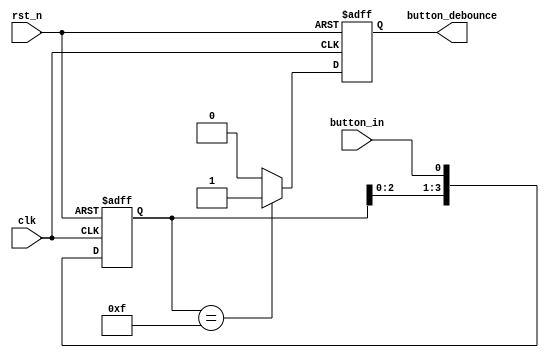
`timescale 1ns / 1ps
//////////////////////////////////////////////////////////////////////////////////
// Company: 
// Engineer: 
// 
// Design Name: 
// Module Name: debounce
// Project Name: 
// Target Devices: 
// Tool Versions: 
// Description: 
// 
// Dependencies: 
// 
// Revision:
// Revision 0.01 - File Created
// Additional Comments:
// 
//////////////////////////////////////////////////////////////////////////////////


module debounce(
    output reg button_debounce,
    input button_in,
    input clk,
    input rst_n
    );
    
    reg debounce_next;
    reg [3:0] debounce_window;
    wire [3:0] window_next;
    
    assign window_next = {debounce_window[2:0], button_in};
    
    always @(posedge clk or negedge rst_n)
    begin
        if(rst_n == 0)
        begin
            button_debounce <= 1'b0;
            debounce_window <= 4'b0;
        end
        else
        begin
            button_debounce <= debounce_next;
            debounce_window <= window_next;
        end
    end
    
    always @*
    begin
        if(debounce_window == 4'b1111)
            debounce_next = 1'b1;
        else
            debounce_next = 1'b0;
    end
    
endmodule